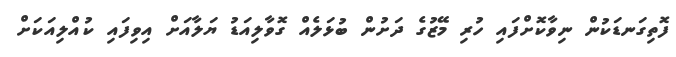
ފޮތިގަނޑަކުން ނިވާކޮށްފައި ހުރި މޭޒުގެ ދަށުން ބުޅަލެއް ގޮވާލިއަޑު ޔަލާއަށް އިވިފައި ކުއްލިއަކަށް